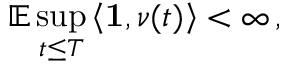
\mathbb { E } \operatorname* { s u p } _ { t \leq T } \left\langle \mathbf { 1 } , \nu ( t ) \right\rangle < \infty \, ,